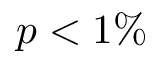
p < 1 \%